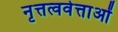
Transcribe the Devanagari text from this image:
नृत्तत्ववेत्ताओं